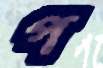
প